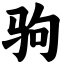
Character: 驹